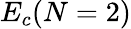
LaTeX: E_{c}(N=2)